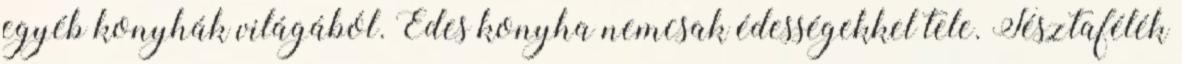
egyéb konyhák világából. Édes konyha nemcsak édességekkel tele. Tésztafélék